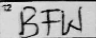
Transcription: BFW